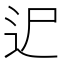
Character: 迉